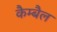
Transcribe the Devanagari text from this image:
कैम्बैल